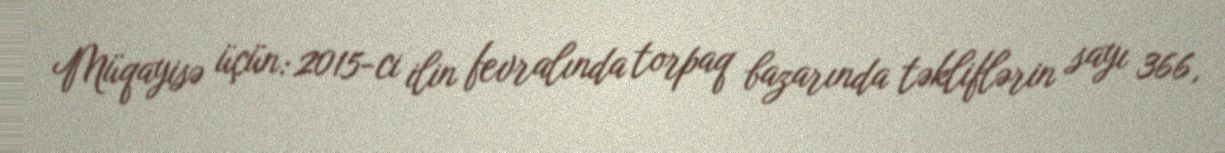
Müqayisə üçün: 2015-ci ilin fevralında torpaq bazarında təkliflərin sayı 366,